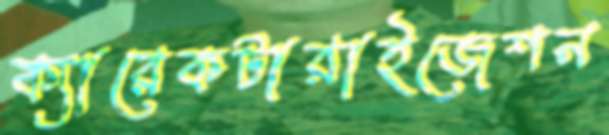
ক্যারেকটারাইজেশন